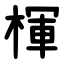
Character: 楎